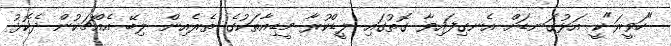
"ހަވީރަ"ކީ އަޅުގަނޑަށް އެނގިފައިވާ ގޮތުގައި ލީޑްކުރާ މީޑިއާތަކުގެ ތެރެއިން ލިބޭ އެއްޗަކުން ދެކޮޅު